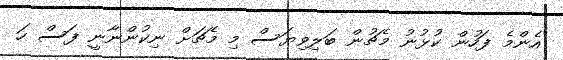
އެންމެ ފަހުން ކުޅުނު މެޗުން ބަލިވިޔަސް މި މެޗަށް ނިކުންނާނީ ފަސް ހަ